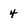
Character: 4